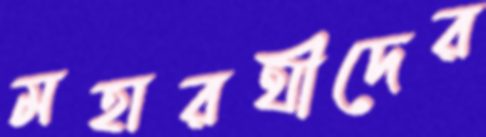
মহারথীদের